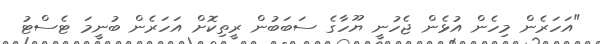
"އަހަރެން މިހެން އުޅެން ޖެހުނީ ޔޫހާގެ ސަބަބުން ރީތިކޮށް އަހަރެން ބުނީމަ ޓެސްޓު